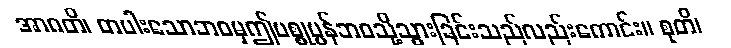
အာဂတိ၊ တပါးသောဘဝမှဤပစ္စုပ္ပန်ဘဝသို့သွားခြင်းသည်လည်းကောင်း။ စုတိ၊